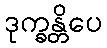
ဒုက္ခန္တိပေ